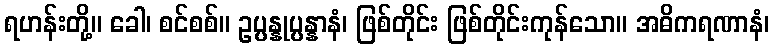
ရဟန်းတို့။ ခေါ၊ စင်စစ်။ ဥပ္ပန္နုပ္ပန္နာနံ၊ ဖြစ်တိုင်း ဖြစ်တိုင်းကုန်သော။ အဓိကရဏာနံ၊